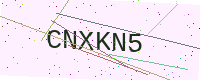
Text: CNXKN5